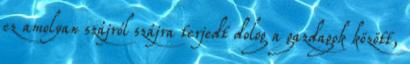
ez amolyan szájról szájra terjedt dolog a gazdagok között,